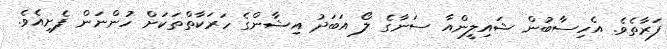
ފަރާތެވެ. އެހިސާބުން ޝައިލީންއާ ސަނާގެ ލޯ އަބަދު އިޝާންގެ ހަރަކާތްތަކަށް ހުންނަން ފެށިއެވެ.